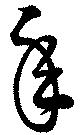
年